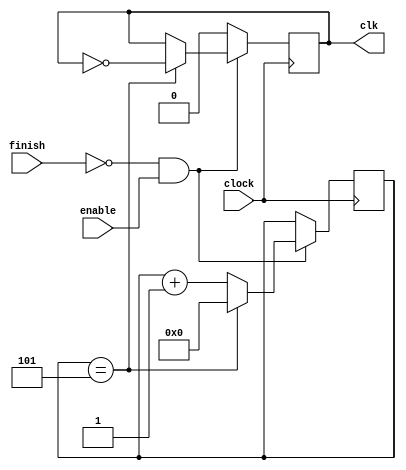
module clock_divider(clock,enable,finish,clk); 
 input 					clock; // input device clock
 input					finish; // 
 input 					enable; // enable bit
 output	reg			clk=1; 
 reg     [31:0]	 	count=0; 
  
 always @(posedge clock) 
   begin
		if(~finish & enable)
			begin 
				if (count == 32'd5) // change to control the new clock period
					begin 
						clk = ~clk; 
						count=0;
					end
				else 
					count = count + 32'd1;
			end
		else
			clk=0; 
	end
	
endmodule